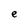
Character: e